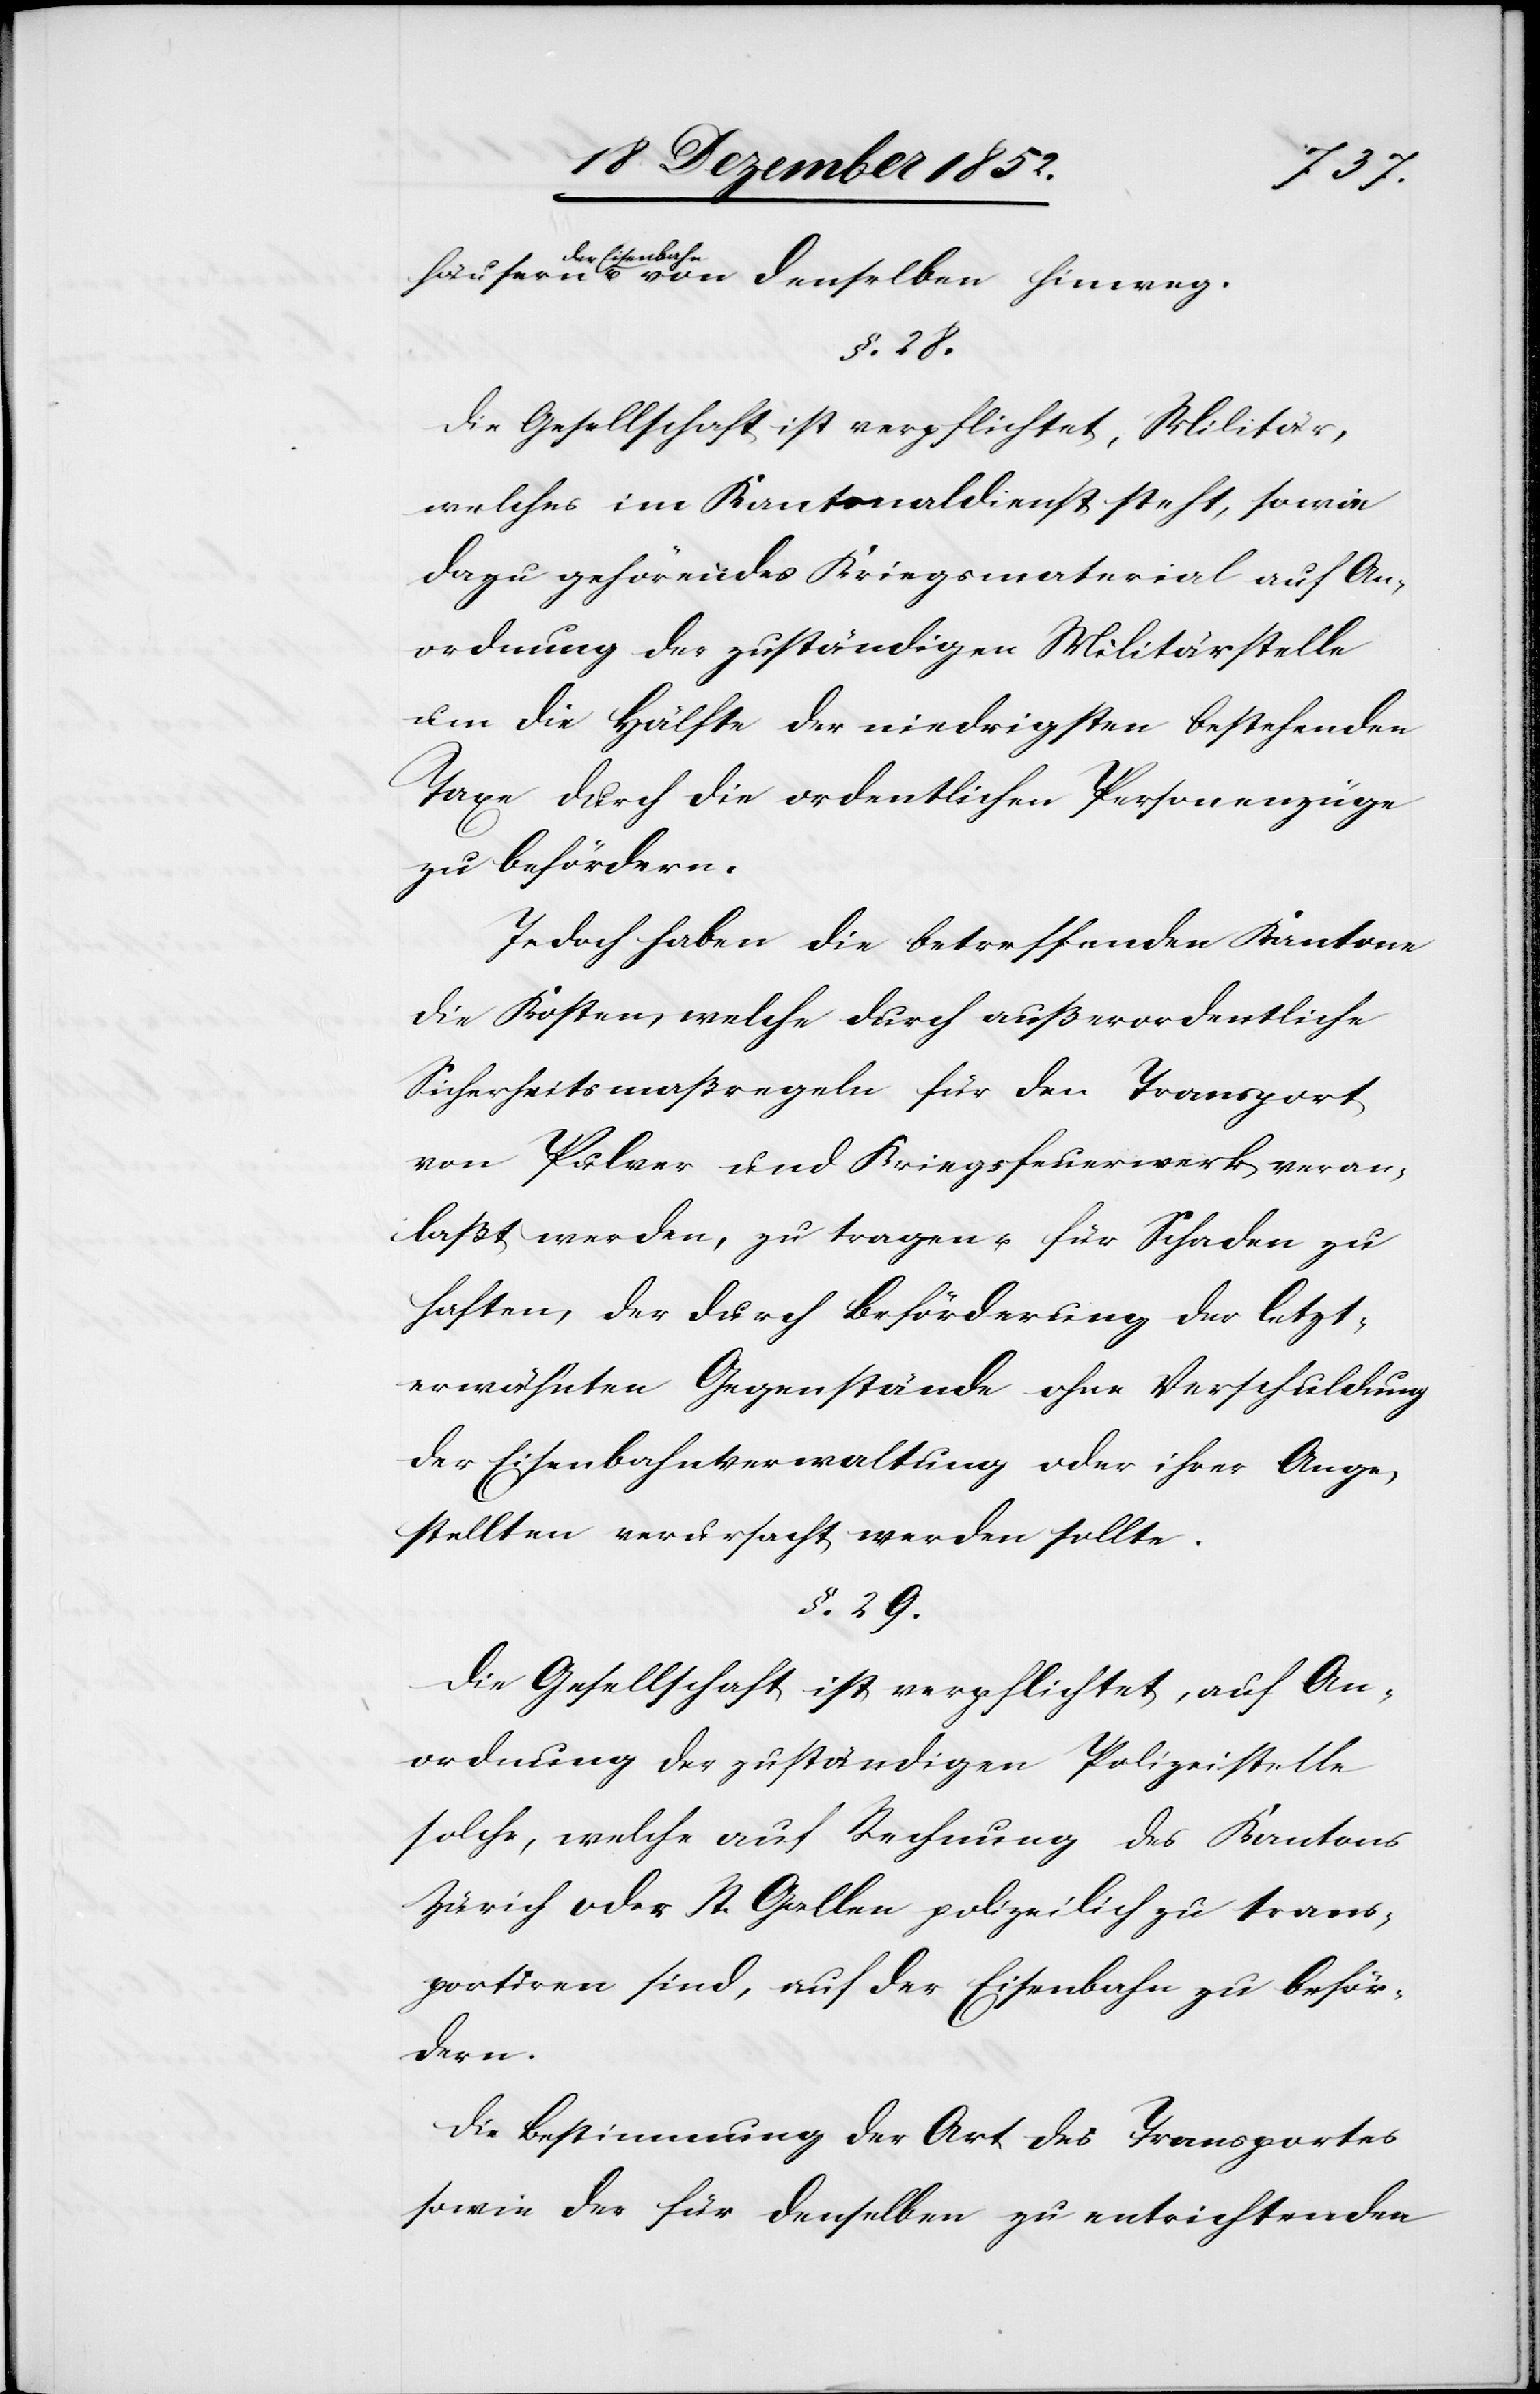
der Ei¬
senbahn u. von denselben hinweg.
§. 28.
Die Gesellschaft ist verpflichtet, Militär,
welches im Kantonaldienst steht, sowie
dazu gehörendes Kriegsmaterial auf An¬
ordnung der zuständigen Militärstelle
um die Hälfte der niedrigsten bestehenden
Taxe durch die ordentlichen Personenzüge
zu befördern.
Jedoch haben die betreffenden Kantone
die Kosten, welche durch außerordentliche
Sicherheitsmaßregeln für den Transport
von Pulver und Kriegsfeuerwerk veran¬
laßt werden, zu tragen u. für Schaden zu
haften, der durch Beförderung der letzt¬
erwähnten Gegenstände ohne Verschuldung
der Eisenbahnverwaltung oder ihrer Ange¬
stellten verursacht werden sollte.
§. 29.
Die Gesellschaft ist verpflichtet, auf An¬
ordnung der zuständigen Polizeistelle
solche, welche auf Rechnung des Kantons
Zürich oder St. Gallen polizeilich zu trans¬
portiren sind, auf der Eisenbahn zu beför¬
dern.
Die Bestimmung der Art des Transportes
sowie der für denselben zu entrichtenden